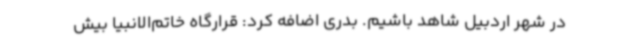
در شهر اردبیل شاهد باشیم. بدری اضافه کرد: قرارگاه خاتم‌الانبیا بیش